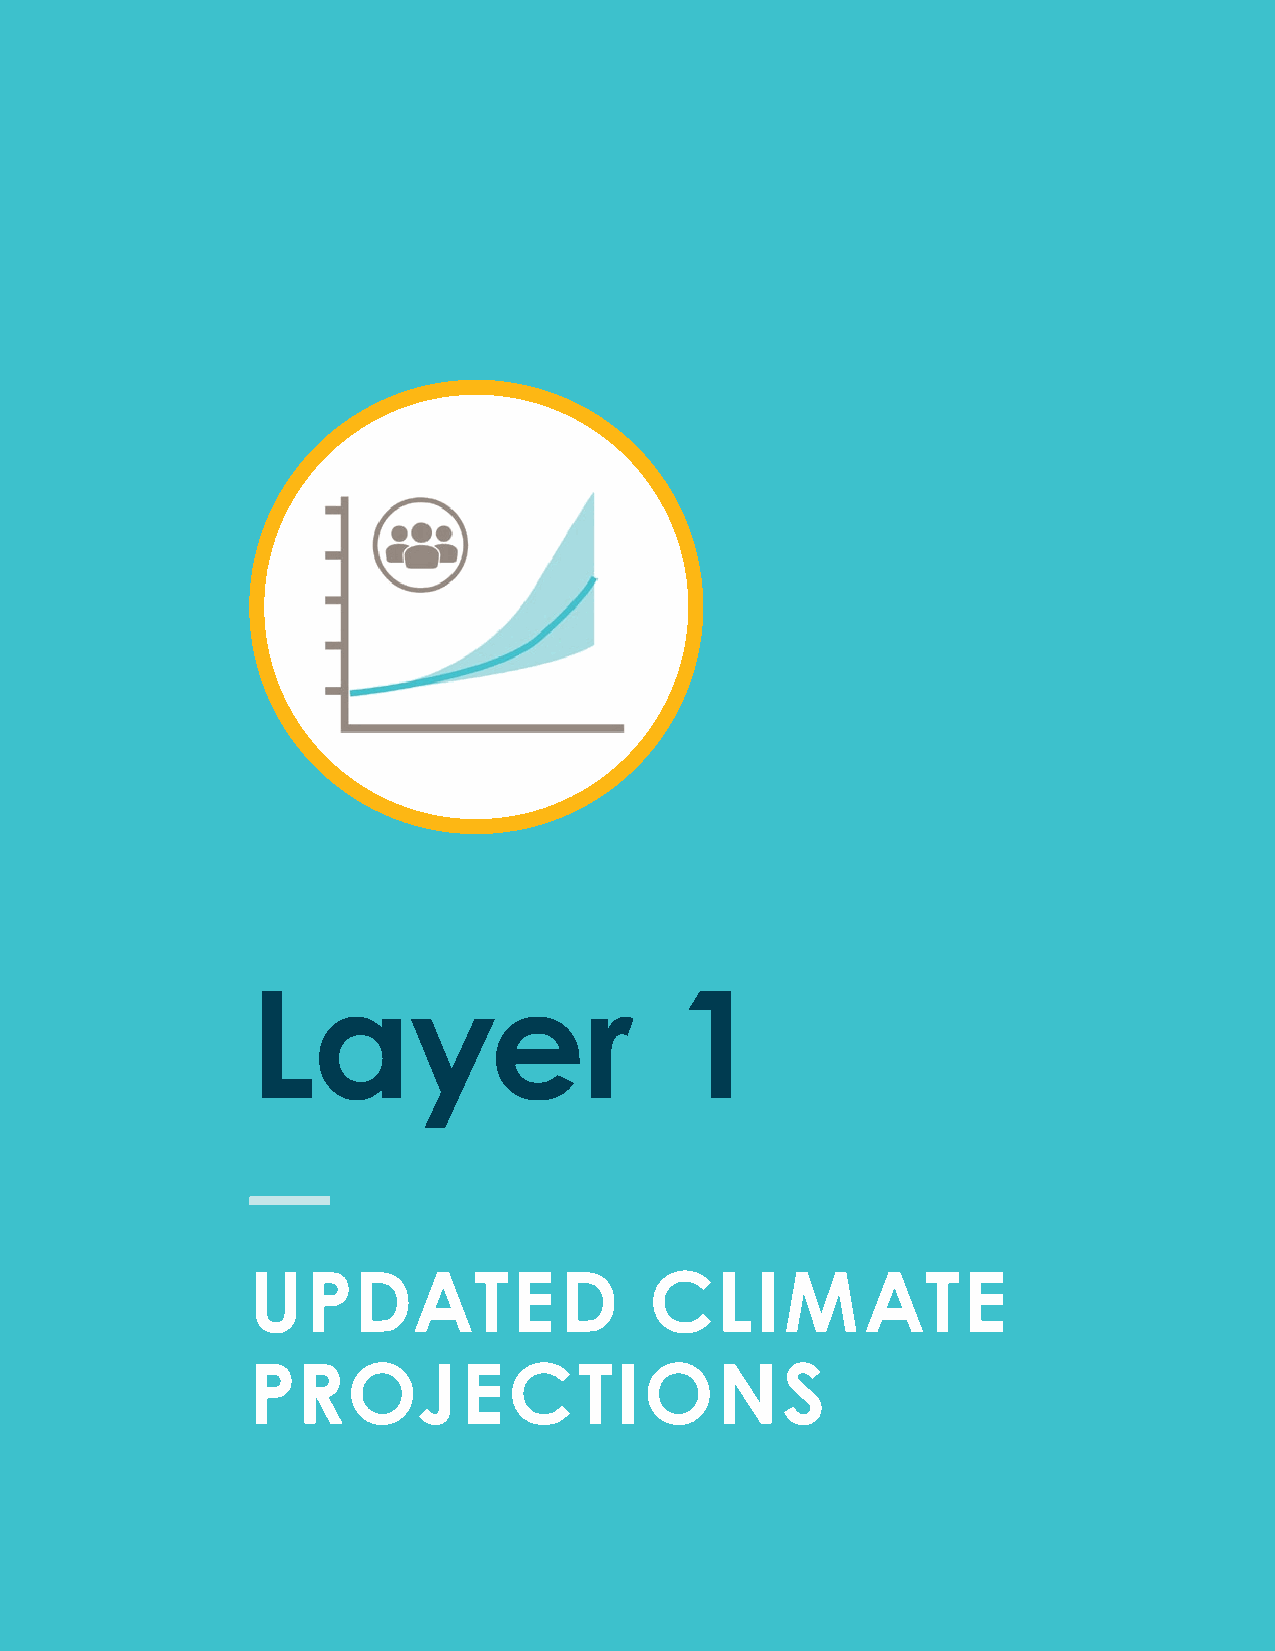
LLaayyeerr                   11
 UUPPDDAATTEEDD             CCLLIIMMAATTEE
 PPRROOJJEECCTTIIOONNSS
 82 City of Boston: Climate Ready Boston